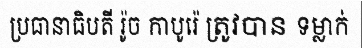
ប្រធានាធិបតី រ៉ូច កាបូរ៉េ ត្រូវបាន ទម្លាក់